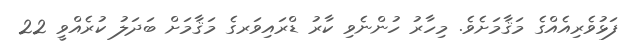
ފަޅުވެރިއެއްގެ މަޤާމަށެވެ. މިހާރު ހުންނެވި ކާރު ޑްރައިވަރގެ މަޤާމަށް ބަދަލު ކުރެއްވީ 22